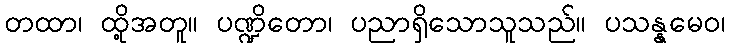
တထာ၊ ထို့အတူ။ ပဏ္ဍိတော၊ ပညာရှိသောသူသည်။ ပသန္နမေဝ၊